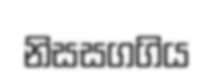
නිසසගගිය